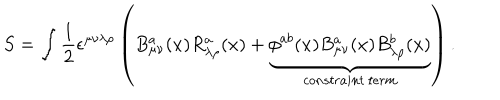
S = \int \frac { 1 } { 2 } \epsilon ^ { \mu \nu \lambda \rho } \left( B _ { \mu \nu } ^ { a } ( x ) R _ { \lambda \rho } ^ { a } ( x ) + \underbrace { \phi ^ { a b } ( x ) B _ { \mu \nu } ^ { a } ( x ) B _ { \lambda \rho } ^ { b } ( x ) } _ { c o n s t r a i n t \: t e r m } \right) .